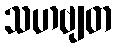
သဟဗျတ